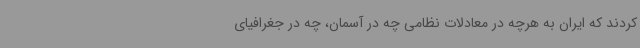
کردند که ایران به هرچه در معادلات نظامی چه در آسمان، چه در جغرافیای